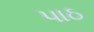
પાઠ